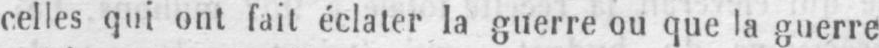
celles qui ont fait éclater la guerre ou que la guerre